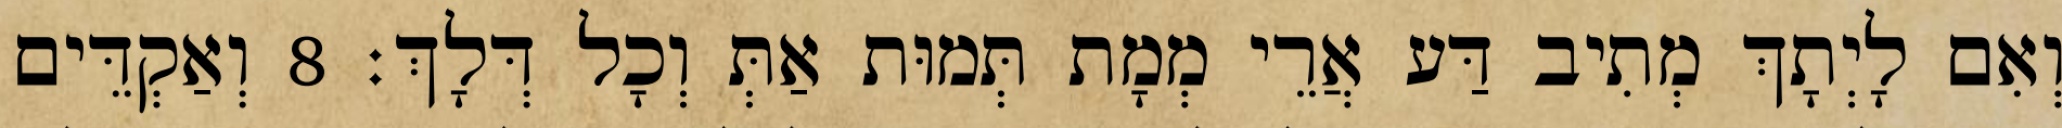
וְאִם לָיְתָךְ מְתִיב דַּע אֲרֵי מְמָת תְּמוּת אַתְּ וְכָל דְּלָךְ׃ 8 וְאַקְדֵּים